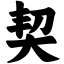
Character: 契